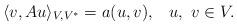
LaTeX: \begin{align*} \langle v, Au\rangle_{V, V^*}=a(u, v),\,\,\,\,\,u,\,\,v\in V.\end{align*}